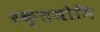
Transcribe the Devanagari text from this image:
रक्तयोनि